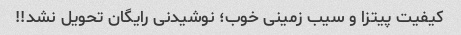
کیفیت پیتزا و سیب زمینی خوب؛ نوشیدنی رایگان تحویل نشد!!